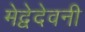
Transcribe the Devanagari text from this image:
मेद्वेदेवनी